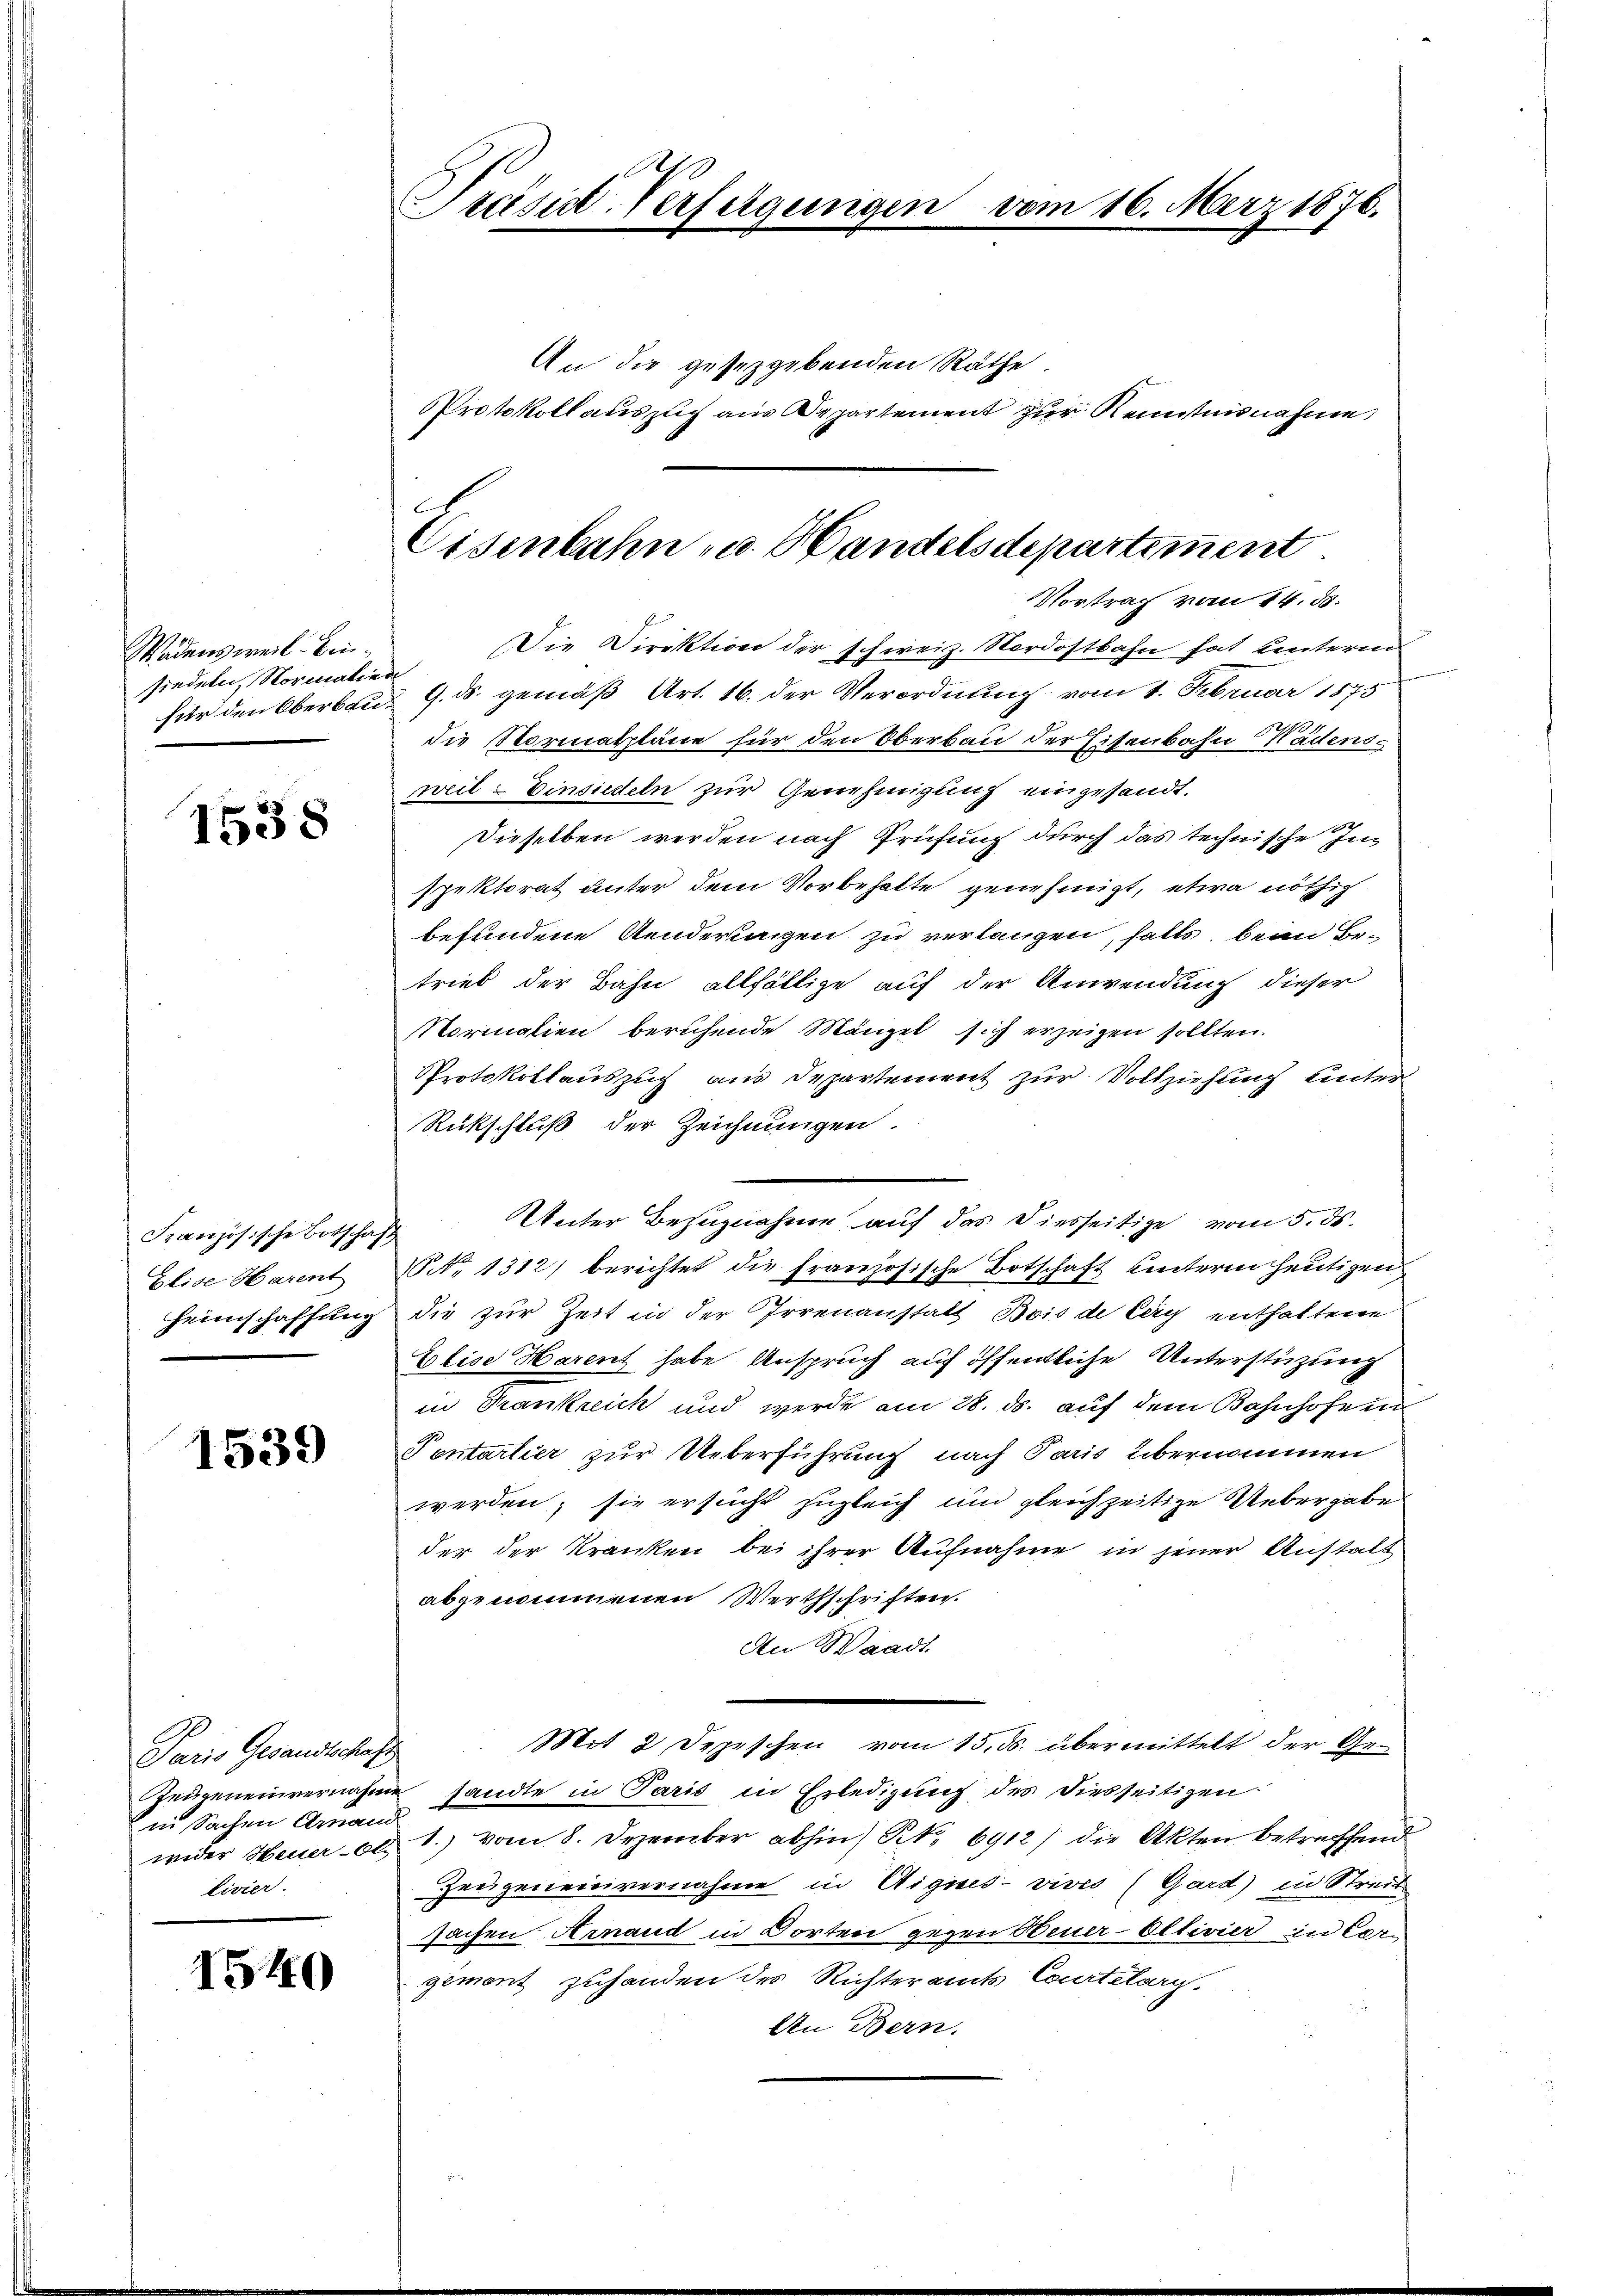
Wädensweil Einsieden, Normalien

1538

Französische Botschaft
Elise Harent

1539

Paris Gesandtschaft
in Sachen Grand
Livier.

I540

An die gesetzgebenden Räthe
Protokoll auszug aus Departement zur Kenntnisnahme

Präsid-Verfügungen vom 16. März 1876.

Eisenbahn u. Handelsdepartiment.
Vortraf vom 14. ds.

Die Direktion der schweiz. Nordostbahn hat unteren

für den Oberben 9. ds. gemäß Art. 16. der Verordnung vom 1. Februar 1875
die Normatpläne für den Oberbau der Eisenbahn Wädensweil Einsiedeln zur Genehmigung eingesandt.
Dieselben werden nach Prüfung durch das technische Inspektorat unter dem Vorbehalte genehmigt, etwa nöthig
befundene Aenderungen zu verlangen, falls, beim Betrieb der Bahn allfällige auf der Anwendung dieser
Normalien beruhende Mängel sich erzeigen sollten.
Protokollauszug aus Departement zur Vollziehung unter
Rückschluß der Zeichnungen.
Unter Bezugnahme auf das Diesseitige vom 5. ds.
NNo. 1312) berichtet die Französische Botschaft hinterm heutigen
Heimschaffung die zur Zeit in der Irrenanstalt Bois de Cary enthaltene
Elise Harens habe Anspruch auf öffentliche Unterstüzung
in Frankreich und werde am 28. ds. auf dem Bahnhofe in
Tentartier zur Ueberführung nach Paris übernommen
werden; sie ersucht zugleich und gleichzeitige Uebergabe
der der Kranken bei ihrer Aufnahme in jener Anstalt
abgenommenen Werthschriften.
An Waadt
Mit 2 Depeschen vom 15. ds. übermittelt der Ge¬
Reigeneinvernahm sandte in Paris in Erledigung des diesseitigen.
wider Heuer 60. 1.) vom 8. Dezember abhin) S. 6912) die Akten betreffend
Zeugeneinvernahme in Uigines vives (Gard) in Streis
sachen Arnaud in Dorten gegen Neuer-Oltivier in Vergement zuhanden des Richteramts Courtelary.
An Bern.